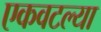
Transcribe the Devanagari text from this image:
एकवटल्या